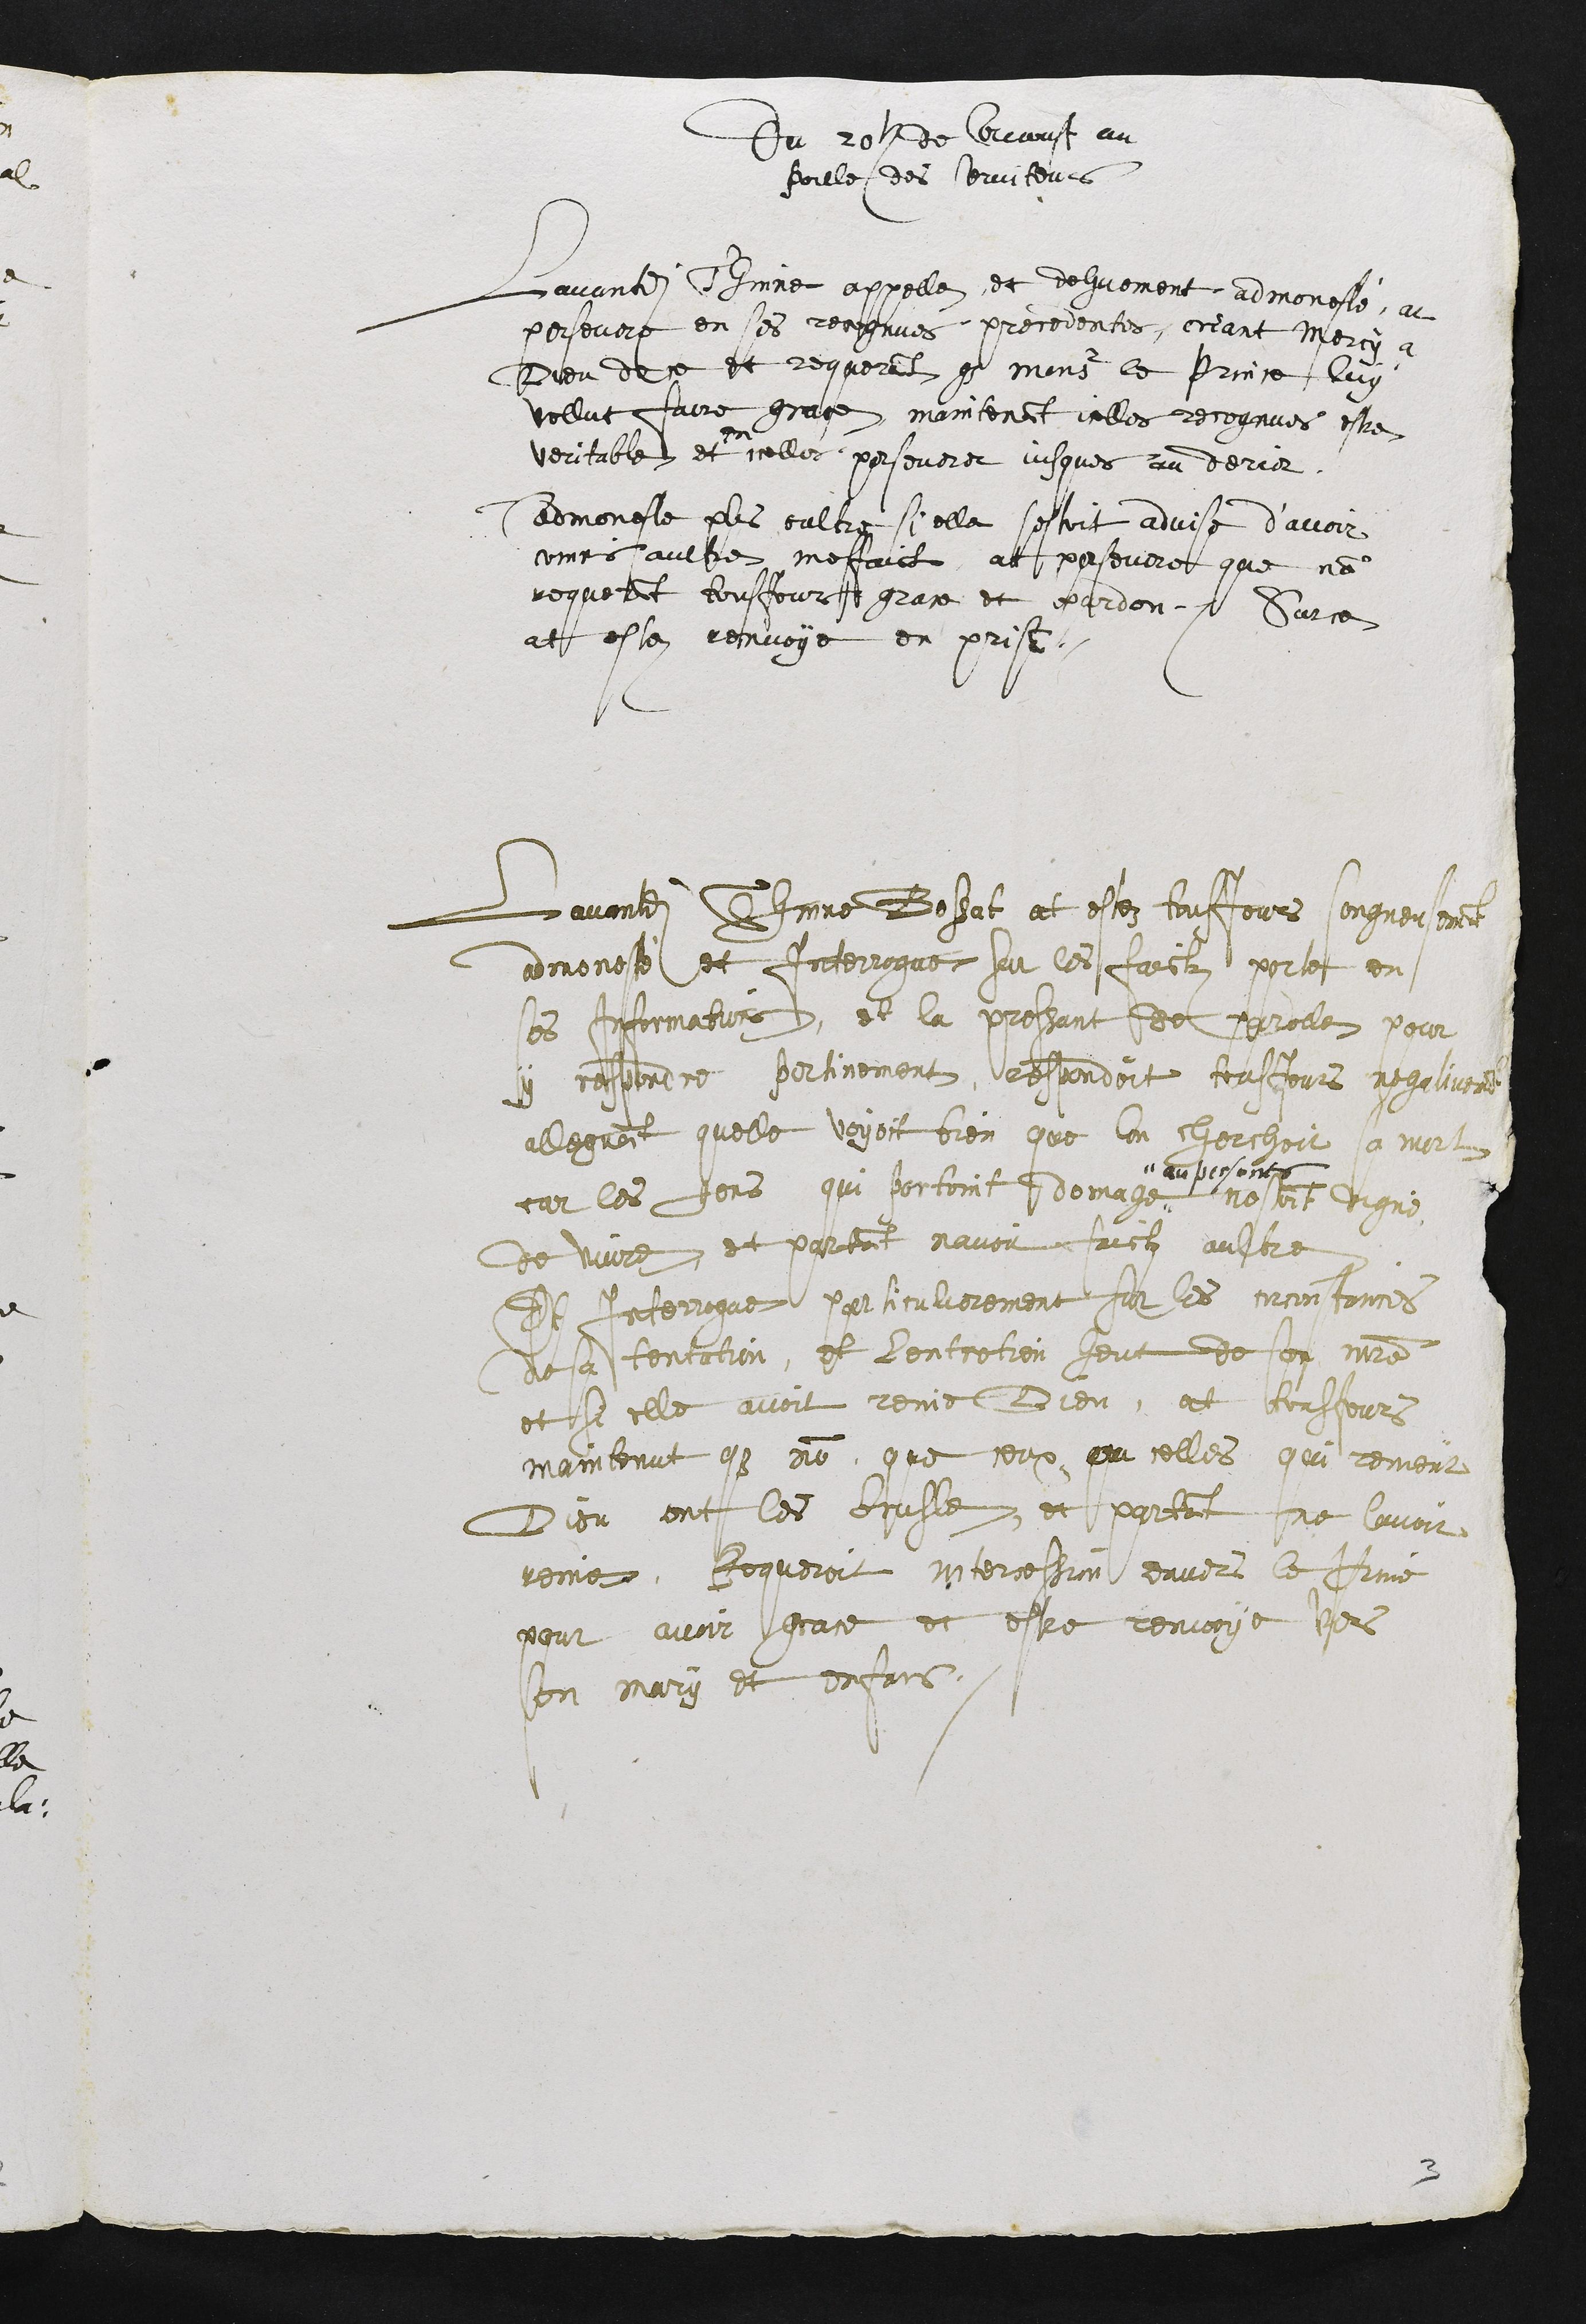
Du 20e de Aaoust au
poille des serviteurs
Lavantdite Thinne appelle, et dehuement admonesté at
persevere en ses recognues precedentes, criant mercy a
Dieu de ce et requerant que monsr le Prince luy
vollut faire grace, maintenant icelles recognues estre
veritable et
en
icelles perseverer jusques au derier.
Admoneste plus oultre si elle sestoit advise d’avoir
comis aultre mesfaict at persevere que non
requerant tousjours grace et pardon. Sur ce
at estez renvoye en prison.

Lavandite Thinne Bossat et estez tousjours songneusement
admonesté et Interrogue sur les faictz porte en
ses Informations, et la pressant de parolle pour
y respondre pertinement, respondoit tousjours negativement
alleguant quelle voyoit bien que lon cherchoit sa mort
car les gens qui portoint domage
au persones
nestoint digne
de vivre et partant navoir faictz aultre
Et Interrogue particulierement sur les circonstances
de sa tentation, et lentretien heut de son maistre
et si elle avoit renie Dieu, at tousjours
maintenut que non, que ceux ou celles qui renient
Dieu ont les brusle, et partant ne lavoir
renie, Requeroit intercession davers le Prince
pour avoir grace et estre renvoye vers
son mary et enfans.

3